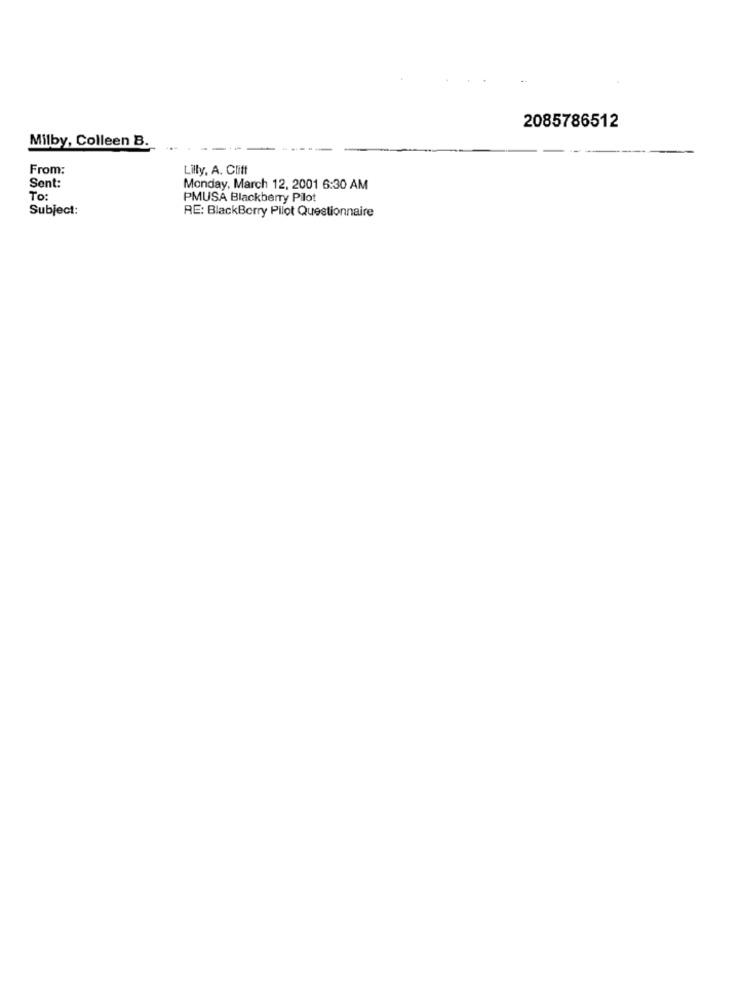
2085786512
Milby, Colleen B.
From:
Lilly, A. Cliff
Sent:
Monday, March 12, 2001 6:30 AM
To:
PMUSA Blackberry Pilot
Subject:
RE: BlackBerry Pilot Questionnaire